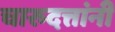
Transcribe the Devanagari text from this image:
चारुदत्तांनी